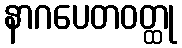
နာဂပေတဝတ္ထု